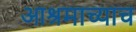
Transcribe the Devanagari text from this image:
आश्रमाच्याच